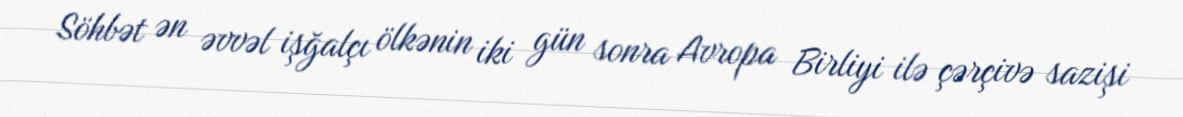
Söhbət ən əvvəl işğalçı ölkənin iki gün sonra Avropa Birliyi ilə çərçivə sazişi